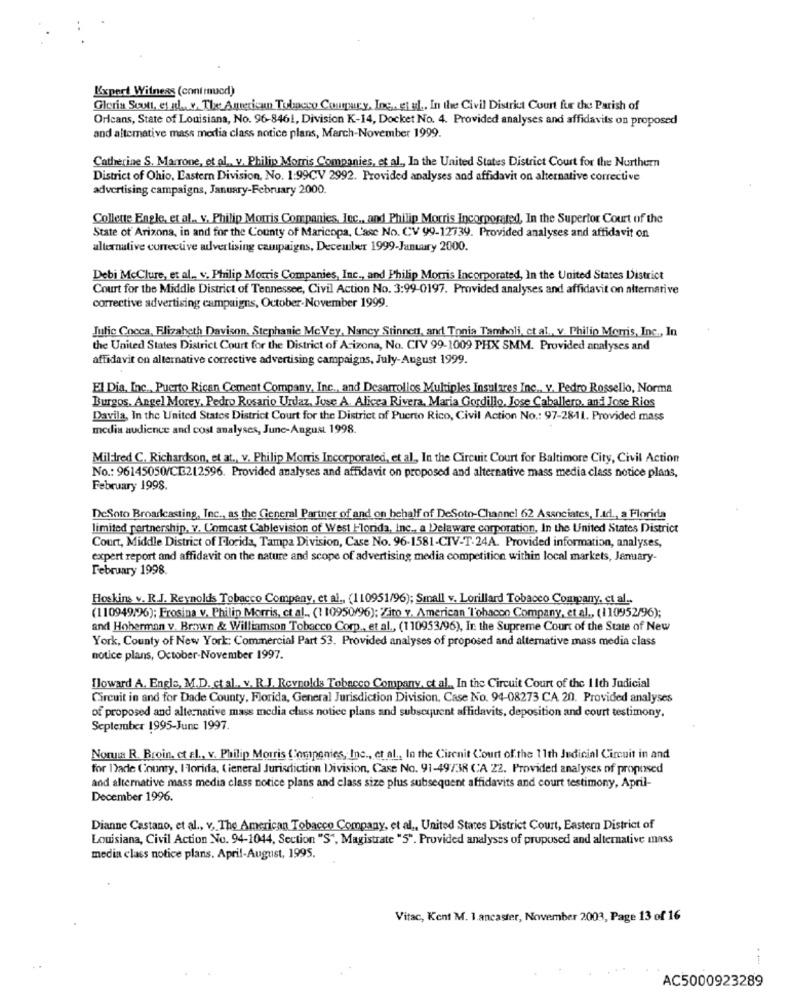
Expert Witness (cont mucd)
Gloria Scott, et al ., y, The American Tulapcco Couruury, Inc. et al ., In the Civil District Court fur the Parish of
Orleans, State of Louisiana, No. 96-8461, Division K-14, Docket No. 4. Provided analyses and affidavits on proposed
and alternative mass media class notice plans, March-November 1999.
Catherine S. Marrone, et al . v. Philip Morris Companies, et al ., In the United States District Court for the Northern
District of Ohio, Lastern Division, No. 1:99CV 2992. Provided analyses and affidavit on alternative corrective
advertising campaigns, January-February 2000.
Collette Engle, et al .. v. Philip Morris Companies, Jec ., and Philip Morris Incorporated, In the Superior Court of the
State of Arizona, in and for the County of Maricopa, L'ase No. CV 99-12739. Provided analyses and affidavit on
alternative corrective advertising campaigns, December 1999-January 2000.
Debi McClure, et al. v. Philip Morris Companies, Inc ., and Philip Morris Incorporated, In the United States District
Court for the Middle District of Tennessee, Civil Action No. 3:99-0197. Provided analyses and affidavit on alternative
corrective advertising campaigns, October.November 1999.
Julie Cocca, Elizabeth Davison, Stephanie McVey, Nancy Stinnett, and Tonia Tamboli, et al ., v. Philip Morris, Inc ., In
the United States District Court for the District of Arizona, No. CIV 99-1009 PHX SMM. Provided analyses and
affidavit on alternative corrective advertising campaigns, July-August 1999.
El Dia, Inc ., Puerto Rican Cement Company, Inc ., and Desarrollos Multiples Insulares Inc ., v. Pedro Rossello, Norma
Burgos. Angel Morey, Pedro Rosario Undaz, Juse A. Alicea Rivera, Maria Gordillo, Jose Caballero, and Jose Rios
Davila, In the United States District Court for the District of Puerto Rico, Civil Action No .: 97-2811. Provided mass
media audience and cost analyses, June-August 1998.
Mildred C. Richardson, et at ., v. Philip Morris Incorporated, et al ., In the Circuit Court for Baltimore City, Civil Action
No .: 96145050/CT:212596. Provided analyses and affidavit on proposed and alternative mass media class notice plans,
February 1998.
DeSoto Broadcasting, Inc ., as the General Partner of and on behalf of DeSoto-Channel 62 Associates, I.td ., a Florida
limited partnership, v. Comcast Cablevision of West Florida, Inc ., a Delaware corporation, In the United States District
Court, Middle District of Florida, Tampa Division, Case No. 96-1581-CIV-T-24A. Provided information, analyses,
expert report and affidavit on the nature and scope of advertising media competition within local markets, January-
February 1998.
Hoskins v. R.J. Reynolds Tobacco Company, et al ., (110951/96); Small v. Lorillard Tobacco Company, et al ..
(110949.96); Frosina v. Philip Morris, et al_ (110950/96): Zito v. American Tobacon Company, et al ., (11:0952/96);
and Hoherman v. Brown & Williamson Tobacco Corp ., et al ., (110953/96), In the Supreme Court of the State of New
York, County of New York: Commercial Part 53. Provided analyses of proposed and alternative mass media class
notice plans, October-November 1997.
Howard A. Engle, M.D. ctal .. v. R.J. Reynolds Tobacco Company, et al ., In the Circuit Court of the 1 1th Judicial
Circuit in and for Dade County, Florida, General Jurisdiction Division, Case No. 94-08273 CA 20. Provided analyses
of proposed and alternative mass media cluss notice plans and subsequent affidavits, deposition and court testimony.
September 1995-June 1997.
Norma R. Broin, et al ., v. Philip Morris Companies, Inc ., et al ., In the Circuit Court of the 11th Judicial Circuit in and
for Dade County, Ilorida, (ieneral Jurisdiction Division, Case No. 91-49738 CA 22. Provided analyses of proposed
and alternative mass media class notice plans and class size plus subsequent affidavits and court testimony, April-
December 1996.
Dianne Castano, et al ., v, The American Tobacco Company, et al ., United States District Court, Eastern District of
Louisiana, Civil Action No. 94-1044, Section "S", Magistrate "5". Provided analyses of proposed and alternative mass
media class notice plans. April-August, 1995.
Vitac, Kent M. 1.ancaster, November 2003, Page 13 of 16
AC5000923289